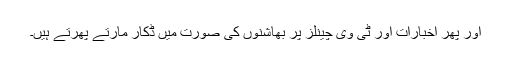
اور پھر اخبارات اور ٹی وی چینلز پر بھاشنوں کی صورت میں ڈکار مارتے پھرتے ہیں۔